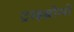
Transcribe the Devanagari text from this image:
ट्राइब्रोमो